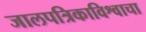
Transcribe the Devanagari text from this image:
जालपत्रिकाविश्वाचा